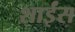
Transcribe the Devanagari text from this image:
शाईंस